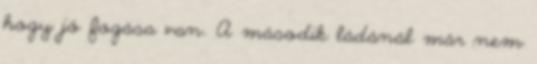
hogy jó fogása van. A második ládánál már nem